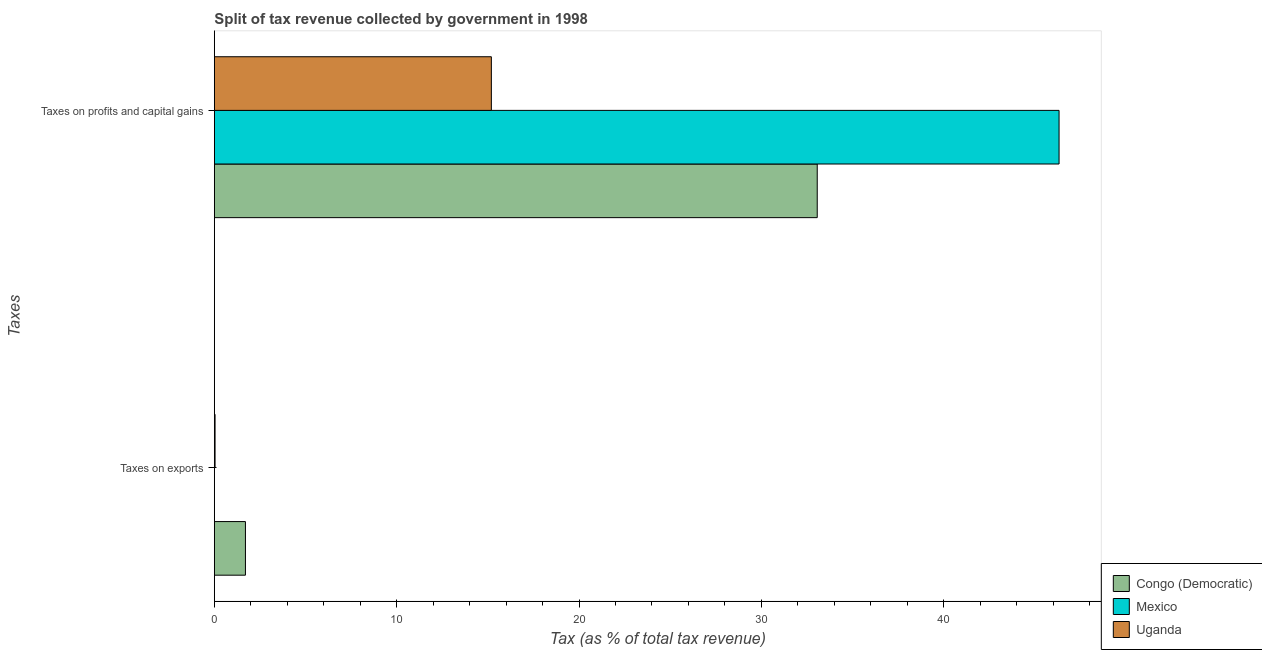
| Taxes | Congo (Democratic) | Mexico | Uganda |
 | --- | --- | --- | --- |
 | Taxes on exports | 1.7 | 0.000255 | 0.0395 |
 | Taxes on profits and capital gains | 33.1 | 46.3 | 15.2 |